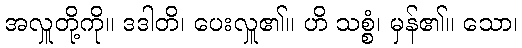
အလှူတို့ကို။ ဒဒါတိ၊ ပေးလှူ၏။ ဟိ သစ္စံ၊ မှန်၏။ သော၊